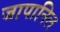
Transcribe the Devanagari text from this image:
जापानिल